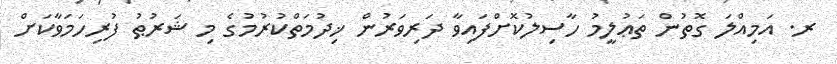
ރ. އަމިއްލަ ގޮތުން ތަޢުލީމު ހާސިލުކޮށްފައިވާ ދަރިވަރުން ޚިދުމަތްކުރުމުގެ މި ޝަރުޠު ފުރިހަމަވާކަށް